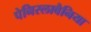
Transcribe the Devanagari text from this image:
पेनिस्लावैनिया